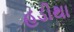
હડીથા